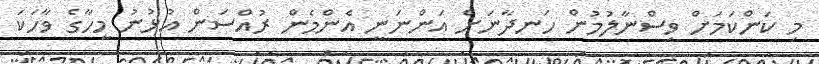
މި ކަންކަމަށް ވިސްނާލުމުން ހަނދާނަށް އަންނަނީ އެންމެން ރުއްސަން އުޅުނު މީހާގެ ވާހަކަ